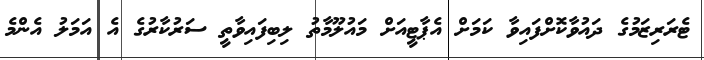
ޓެރަރިޒަމުގެ ދައުވާކޮށްފައިވާ ކަމަށް އެޕާޓީއަށް މައުލޫމާތު ލިބިފައިވާތީ ސަރުކާރުގެ އެ އަމަލު އެންމެ